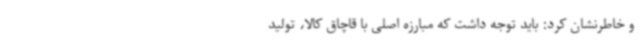
و خاطرنشان کرد: باید توجه داشت که مبارزه اصلی با قاچاق کالا، تولید